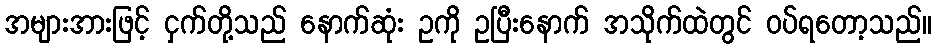
အများအားဖြင့် ငှက်တို့သည် နောက်ဆုံး ဥကို ဥပြီးနောက် အသိုက်ထဲတွင် ဝပ်ရတော့သည်။